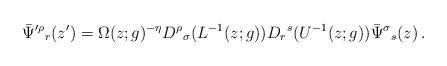
LaTeX: \begin{align*}\bar{\Psi}^{\prime\rho}{}_{r}(z^{\prime})=\Omega(z;g)^{-\eta}D^{\rho}{}_{\sigma}(L^{-1}(z;g))D_{r}{}^{s}(U^{-1}(z;g))\bar{\Psi}^{\sigma}{}_{s}(z)\,.\end{align*}